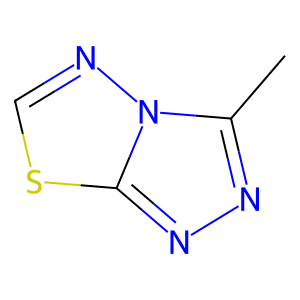
SMILES: Cc1nnc2scnn12
Inhibits HIV replication: No